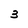
Character: 3